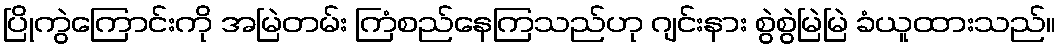
ပြိုကွဲကြောင်းကို အမြဲတမ်း ကြံစည်နေကြသည်ဟု ဂျင်းနား စွဲစွဲမြဲမြဲ ခံယူထားသည်။